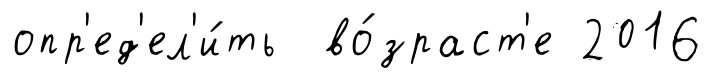
опр'ед'ел'и́ть во́зраст'е 2016